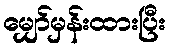
မျှော်မှန်းထားပြီး